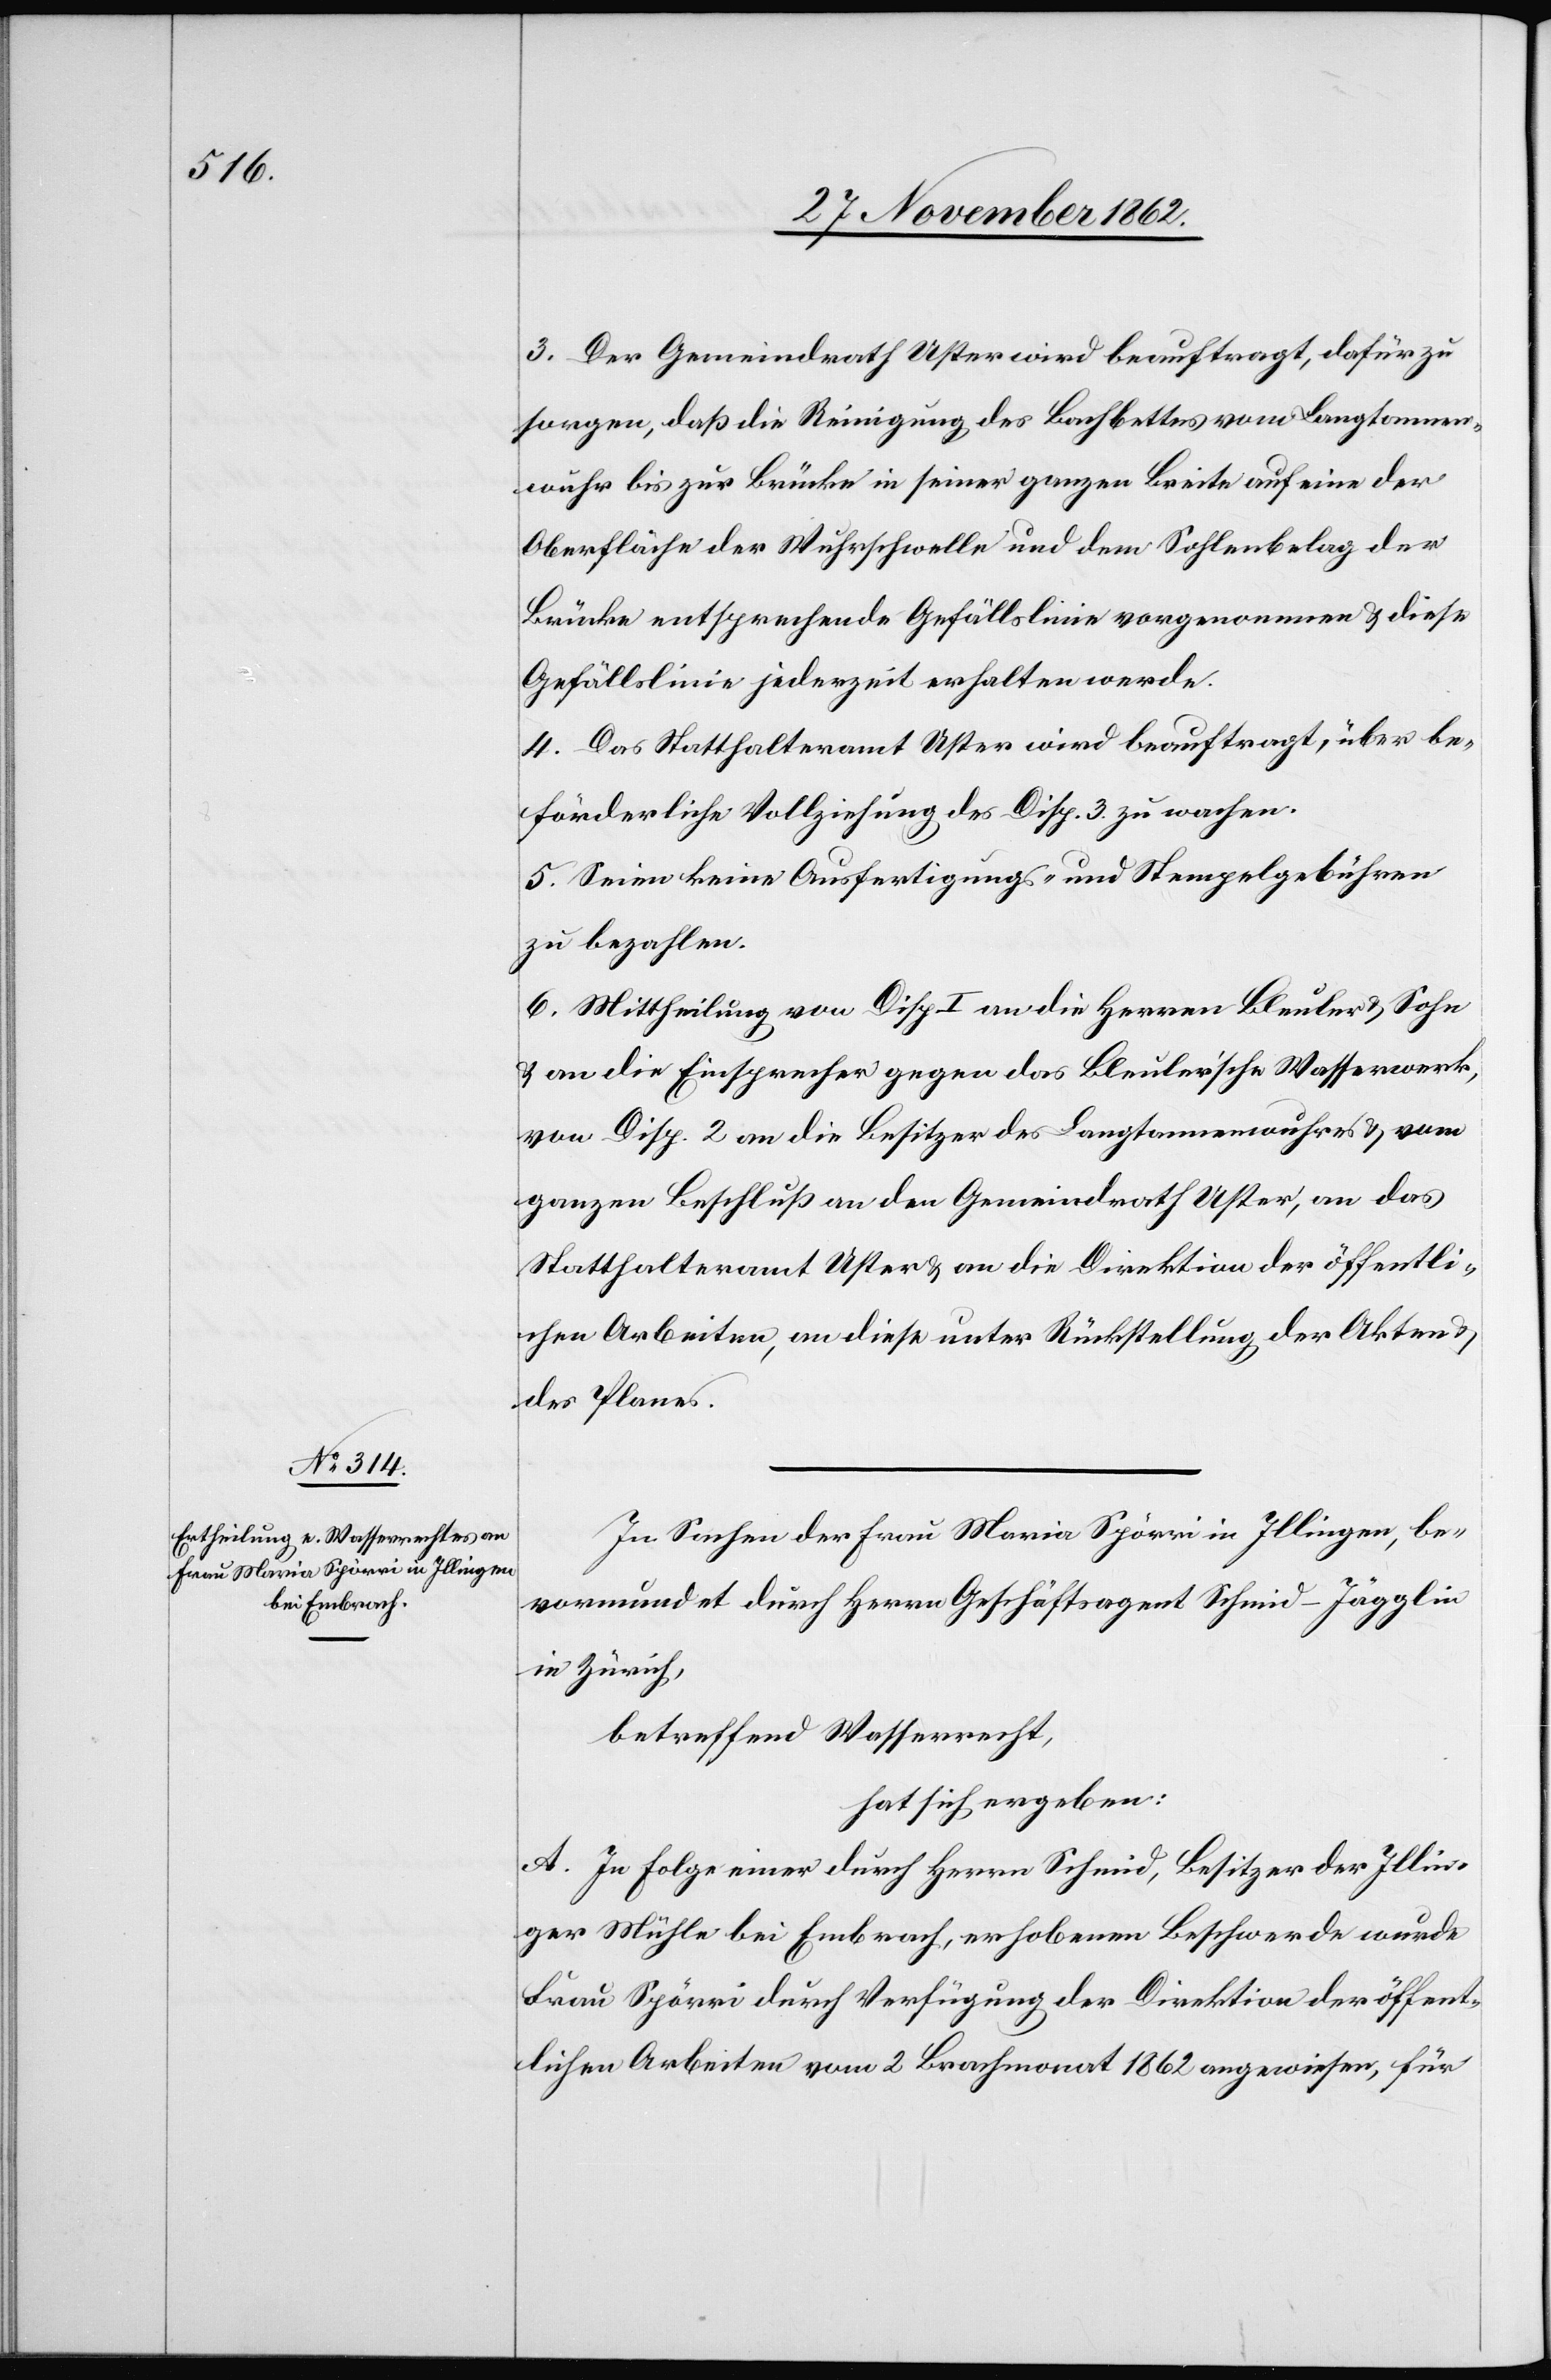
3. Der Gemeindrath Uster wird beauftragt, dafür zu
sorgen, daß die Reinigung des Bachbettes vom Langtannen¬
wuhr bis zur Brücke in seiner ganzen Breite auf eine der
Oberfläche der Wuhrschwelle und dem Sohlenbelag der
Brücke entsprechende Gefällslinie vorgenommen u. diese
Gefällslinie jederzeit erhalten werde.
4. Das Statthalteramt Uster wird beauftragt, über be¬
förderliche Vollziehung des Disp. 3 zu wachen.
5. Seien keine Ausfertigungs- und Stempelgebühren
zu bezahlen.
6. Mittheilung von Disp. I an die Herren Bleuler u. Sohn
u. an die Einsprecher gegen das Bleuler’sche Wasserwerk,
von Disp. 2 an die Besitzer des Langtannenwuhres u. vom
ganzen Beschluß an den Gemeindrath Uster, an das
Statthalteramt Uster u. an die Direktion der öffentli¬
chen Arbeiten, an diese unter Rückstellung der Akten u.
des Planes.
In Sachen der Frau Maria Spörri in Illingen, be¬
vormundet durch Herrn Geschäftsagent Schmid-Jägglin
in Zürich,
betreffend Wasserrecht,
hat sich ergeben:
A. In Folge einer durch Herrn Schmid, Besitzer der Illin¬
ger Mühle bei Embrach, erhobenen Beschwerde wurde
Frau Spörri durch Verfügung der Direktion der öffent¬
lichen Arbeiten vom 2. Brachmonat 1862 angewiesen, für